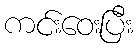
ကင်းဝေးပြီး